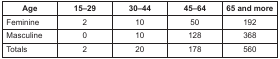
<table><thead><tr><td><b>Age</b></td><td><b>15–29</b></td><td><b>30–44</b></td><td><b>45–64</b></td><td><b>65 and more</b></td></tr></thead><tbody><tr><td>Feminine</td><td>2</td><td>10</td><td>50</td><td>192</td></tr><tr><td>Masculine</td><td>0</td><td>10</td><td>128</td><td>368</td></tr><tr><td>Totals</td><td>2</td><td>20</td><td>178</td><td>560</td></tr></tbody></table>